Vaccination in the Punjab 1867-1880 - 1867-1880
Year: 1867
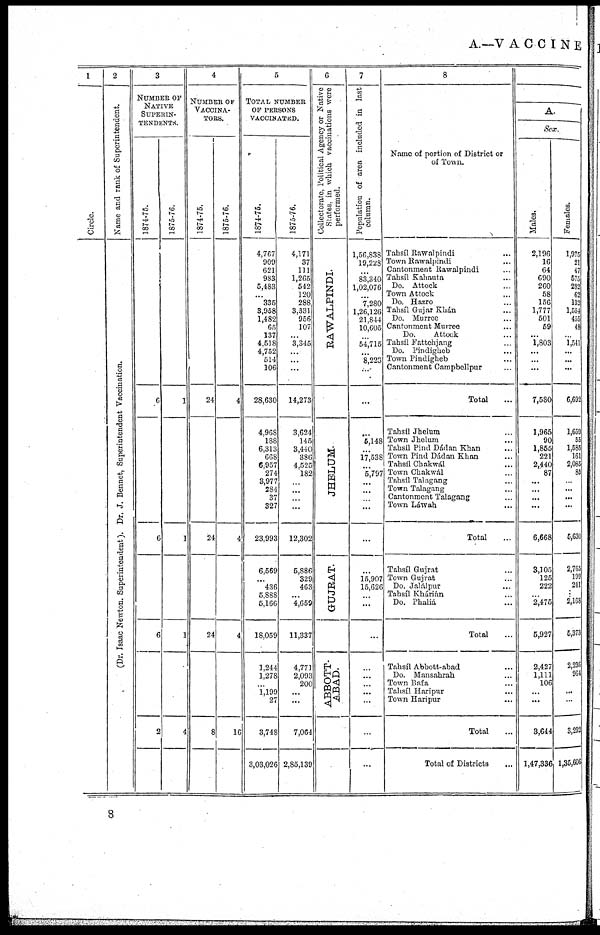
A.—V A C C I N E
1
Circle.
2
Name and rank of Superintendent.
(Dr. I saac Ne wt on. Supe r
i
nt e nde nt )
. Dr. J. Bennet , Superintendent Vaccination.
3
NUMBER OF
NATIVE
SUPERIN-
---------
1874-75.
6
6
6
2
1875-76.
1
1
1
4
4
NUMBER OF
VACCINA¬
----.
1874-75.
24
24
24
8
1875-76.
4
4
4
16
5
TOTAL NUMBER
OF PERSONS
VACCINATED.
1874-75.
4,767
909
621
983
5,483
...
335
3,958
1,482
65
137
4,518
4,752
514
106
28,630
4,968
188
6,313
668
6,957
274
3,977
284
37
327
23,993
6,569
...
436
5,888
5,166
18,059
1,244
1,278
1,199
27
3,748
3,03,026
1875-76.
4,171
37
111
1,265
542
120
288
3,331
956
107
...
3,345
...
...
...
14,273
3,624
145
3,440
386
4,525
182
...
...
...
...
12,302
5,886
329
463
...
4,659
11,337
4,771
2,093
200
...
...
7,064
2,85,139
6
Collectorate, Political Agency or Native
States, in which vaccinations were
performed.
RAWALPINDI.
JHELUM.
GUJRAT.
ABBOTT¬
ABAD.
7
Population of area included in last
column.
1,56,838
19,228
...
83,340
1,02,076
...
7,280
1,26,126
21,844
10,605
...
54,715
...
8,223
...
...
...
5,148
...
17,538
...
5,797
...
...
...
...
...
...
15,907
15,626
...
...
...
...
...
...
...
...
...
...
8
Name of portion of District or
of Town.
Tahsíl Rawalpindi ...
Town Rawalpindi ...
Cantonment Rawalpindi ...
Tahsíl Kahauta ...
Do. Attock ...
Town Attock ...
Do. Hazro ...
Tahsíl Gujar Khán ...
Do. Murree ...
Cantonment Murree ...
Do.
Attock ...
Tahsíl Fattehjang ...
Do. Pindigheb ...
Town Pindigheb ...
Cantonment Campbellpur ...
Total ...
Tahsíl Jhelum ...
Town Jhelum ...
Tahsíl Pind Dádan Khan ...
Town Pind Dádan Khan ...
Tahsíl Chakwál ...
Town Chakwal ...
Tahsíl Talagang ...
Town Talagang ...
Cantonment Talagang ...
Town Láwah ...
Total ...
Tahsíl Gujrat ...
Town Gujrat ...
Do. Jalálpur ...
Tahsíl Khúrián ...
Do. Phaliá ...
Total ...
Tahsíl Abbott-abad ...
Do. Mansahrah ...
Town Bafa ...
Tahsíl Haripur ...
Town Haripur ...
Total ...
Total of Districts ...
A.
Sex.
Males.
2,196
16
64
690
260
58
156
1,777
501
59
...
1,803
...
...
...
7,580
1,965
90
1,855
221
2,440
87
...
...
...
...
6,668
3,105
125
222
...
2,475
5,927
2,427
1,111
106
...
...
3,644
1,47,336
Females.
1,975
21
47
575
282
62
132
1,554
455
48
...
1,541
...
...
...
6,692
1,659
65
1,585
161
2,085
85
...
...
...
...
5,630
2,765
199
241
...
2,168
5,373
2,236
964
...
...
...
3,292
1,35,606
8